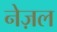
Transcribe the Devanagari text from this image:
नेज़ल